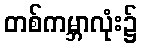
တစ်ကမ္ဘာလုံး၌